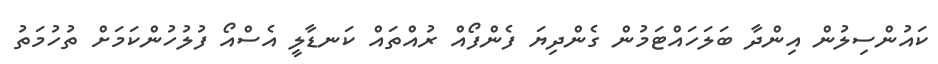
ކައުންސިލުން އިންދާ ބަލަހައްޓަމުން ގެންދިޔަ ފެންފޯއް ރުއްތައް ކަނޑާލީ އެސްއޯ ފުލުހުންކަމަށް ތުހުމަތު